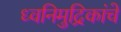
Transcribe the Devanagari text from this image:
ध्वनिमुद्रिकांचे